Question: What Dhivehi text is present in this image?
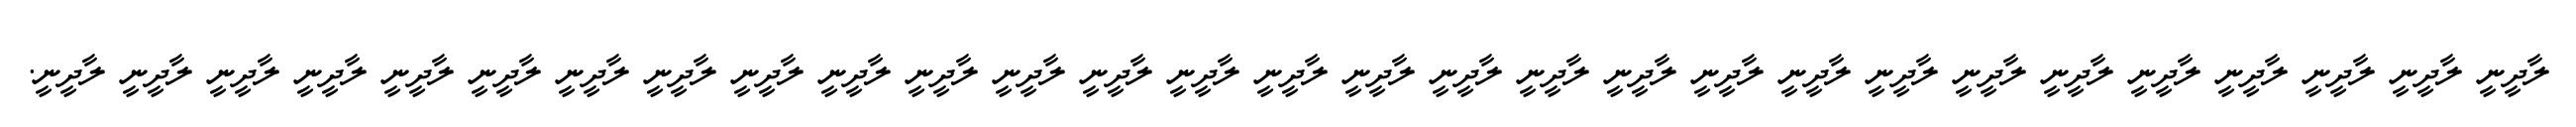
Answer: ލާދީނީ ލާދީނީ ލާދީނީ ލާދީނީ ލާދީނީ ލާދީނީ ލާދީނީ ލާދީނީ ލާދީނީ ލާދީނީ ލާދީނީ ލާދީނީ ލާދީނީ ލާދީނީ ލާދީނީ ލާދީނީ ލާދީނީ ލާދީނީ ލާދީނީ ލާދީނީ ލާދީނީ ލާދީނީ ލާދީނީ ލާދީނީ ލާދީނީ ލާދީނީ ލާދީނީ ލާދީނީ ލާދީނީ.